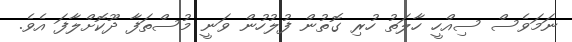
ނަމަވެސް ސިއްހީ ހާލަތު ހުރި ގޮތުން ފުލުހުން ވަނީ މުސްތަފާ ދޫކޮށްލާފަ އެވެ.